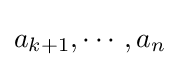
a_{k+1},\cdots ,a_{n}